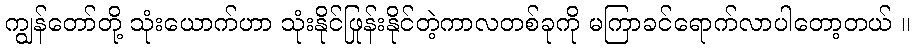
ကျွန်တော်တို့ သုံးယောက်ဟာ သုံးနိုင်ဖြုန်းနိုင်တဲ့ကာလတစ်ခုကို မကြာခင်ရောက်လာပါတော့တယ် ။